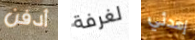
أدفن لغرفة إهدئي